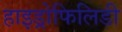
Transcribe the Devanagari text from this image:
हाइड्रोफिलिडी